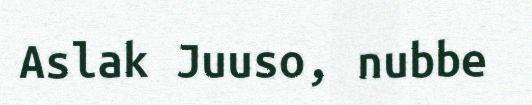
Aslak Juuso, nubbe